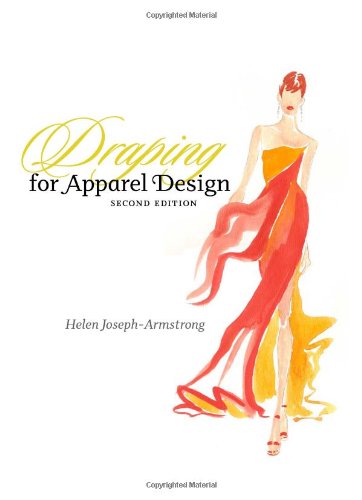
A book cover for Draping for Apparel Design (2nd Edition); Helen Joseph-Armstrong; Arts & Photography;